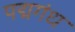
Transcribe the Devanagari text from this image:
पद्मगंध